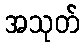
အသုတ်